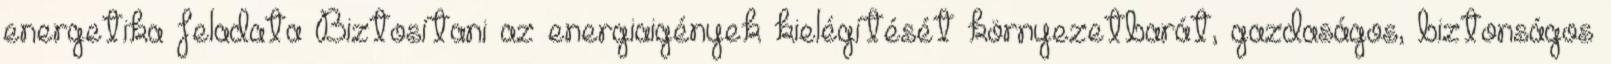
energetika feladata Biztosítani az energiaigények kielégítését környezetbarát, gazdaságos, biztonságos